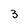
Character: 3